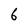
Character: 6